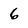
Character: 6